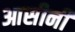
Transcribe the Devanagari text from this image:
आसीनी